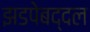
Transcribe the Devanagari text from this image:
झडपेबद्दल